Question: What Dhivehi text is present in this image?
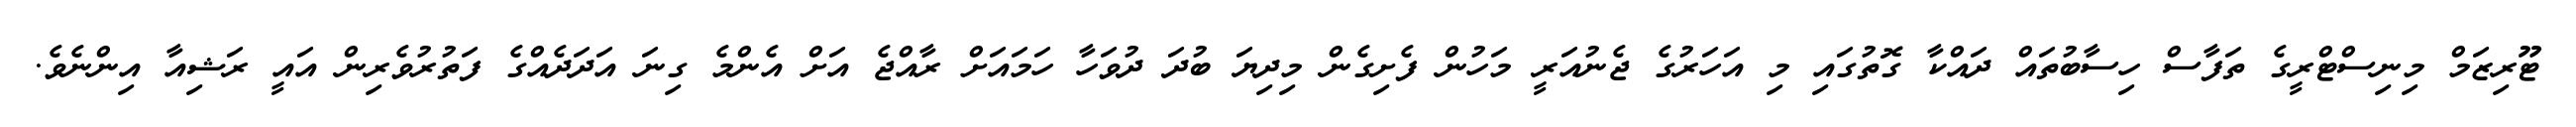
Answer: ޓޫރިޒަމް މިނިސްޓްރީގެ ތަފާސް ހިސާބުތައް ދައްކާ ގޮތުގައި މި އަހަރުގެ ޖެނުއަރީ މަހުން ފެށިގެން މިދިޔަ ބުދަ ދުވަހާ ހަމައަށް ރާއްޖެ އަށް އެންމެ ގިނަ އަދަދެއްގެ ފަތުރުވެރިން އައީ ރަޝިއާ އިންނެވެ.